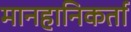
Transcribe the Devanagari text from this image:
मानहानिकर्ता